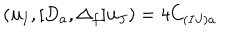
LaTeX: ( { \bf u } _ { I } , [ D _ { a } , \Delta _ { f } ] { \bf u } _ { J } ) = 4 C _ { ( I J ) a }